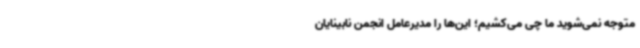
متوجه نمی‌شوید ما چی می‌کشیم؛ این‌ها را مدیرعامل انجمن نابینایان